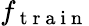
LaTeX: f_{\mathrm{~t~r~a~i~n~}}